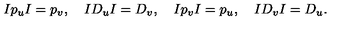
I p _ { u } I = p _ { v } , \quad I D _ { u } I = D _ { v } , \quad I p _ { v } I = p _ { u } , \quad I D _ { v } I = D _ { u } .